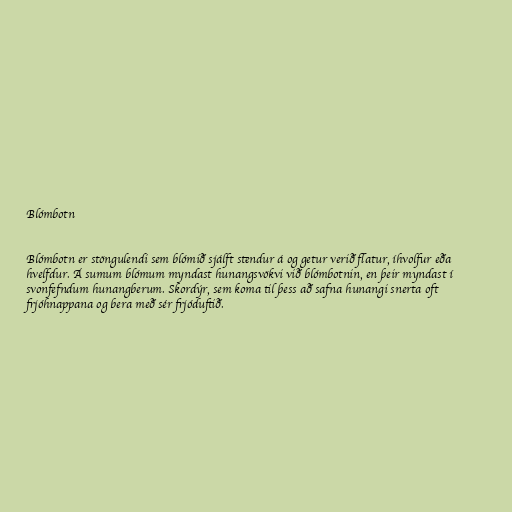
Blómbotn

Blómbotn er stöngulendi sem blómið sjálft stendur á og getur verið flatur, íhvolfur eða
hvelfdur. Á sumum blómum myndast hunangsvökvi við blómbotnin, en þeir myndast í
svonfefndum hunangberum. Skordýr, sem koma til þess að safna hunangi snerta oft
frjóhnappana og bera með sér frjóduftið.